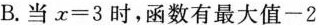
B.当$$x = 3$$时，函数有最大值-2